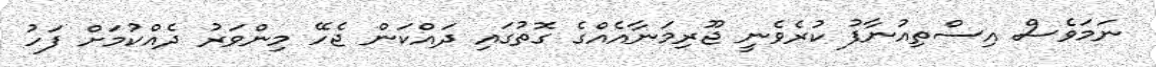
ނަމަވެސް އިސްތިއުނާފު ކުރެވެނީ ޖޫރިމަނާއެއްގެ ގޮތުގައި ދައްކަން ޖެހޭ މިންވަރު ދެއްކުމަށް ފަހު